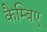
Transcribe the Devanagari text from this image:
कैम्बिए